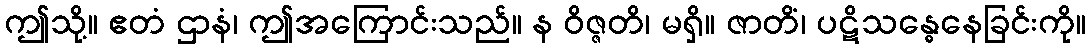
ဤသို့။ ဧတံ ဌာနံ၊ ဤအကြောင်းသည်။ န ဝိဇ္ဇတိ၊ မရှိ။ ဇာတိံ၊ ပဋိသန္ဓေနေခြင်းကို။